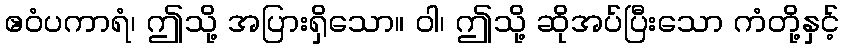
ဧဝံပကာရံ၊ ဤသို့ အပြားရှိသော။ ဝါ၊ ဤသို့ ဆိုအပ်ပြီးသော ကံတို့နှင့်